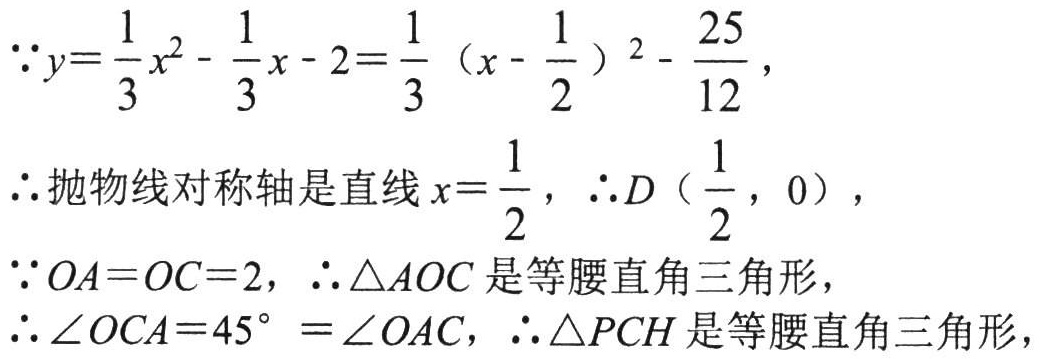
\(\because y = \frac{1}{3}x^{2}-\frac{1}{3}x - 2=\frac{1}{3}(x - \frac{1}{2})^{2}-\frac{25}{12}\)，
\(\therefore\)抛物线对称轴是直线\(x = \frac{1}{2}\)，\(\therefore D(\frac{1}{2},0)\)，
\(\because OA = OC = 2\)，\(\therefore\triangle AOC\)是等腰直角三角形，
\(\therefore\angle OCA = 45^{\circ}=\angle OAC\)，\(\therefore\triangle PCH\)是等腰直角三角形，